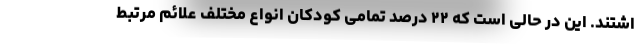
اشتند. این در حالی است که ۲۲ درصد تمامی کودکان انواع مختلف علائم مرتبط